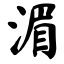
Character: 湄